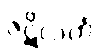
ဇဋိလကံ